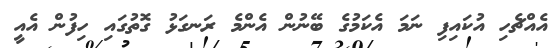
އެއްޗެހި އުކައިފި ނަމަ އެކަމުގެ ބޭނުން އެންމެ ރަނގަޅު ގޮތުގައި ހިފުން އެއީ